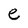
Character: e